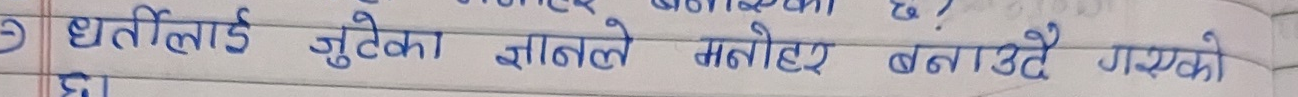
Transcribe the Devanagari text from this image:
धर्तीलाई जुटेका जिलले मनोहर बनाउदै गएको